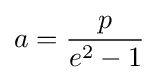
a={\frac {p}{e^{2}-1}}